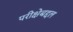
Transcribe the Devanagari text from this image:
परीक्षेबद्दल